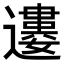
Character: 𨘠